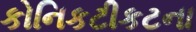
કોનિકટીકટના